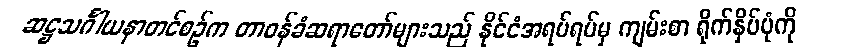
ဆဋ္ဌသင်္ဂါယနာတင်စဉ်က တာဝန်ခံဆရာတော်များသည် နိုင်ငံအရပ်ရပ်မှ ကျမ်းစာ ရိုက်နှိပ်ပုံကို